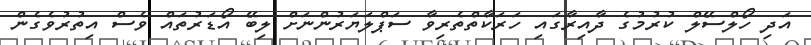
އަދި ހޯލްސޭލް ކުރުމުގެ ދާއިރާގައި ހަރަކާތްތެރިވާ ސަޕްލަޔަރުންނަށް ލިބޭ އޯޑަރުތައް ވެސް އިތުރުވެގެން